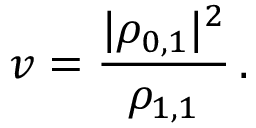
v = \frac { | { \rho } _ { 0 , 1 } | ^ { 2 } } { { \rho } _ { 1 , 1 } } \, .